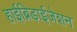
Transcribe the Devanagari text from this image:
हाईब्रिड़ाईजेशन